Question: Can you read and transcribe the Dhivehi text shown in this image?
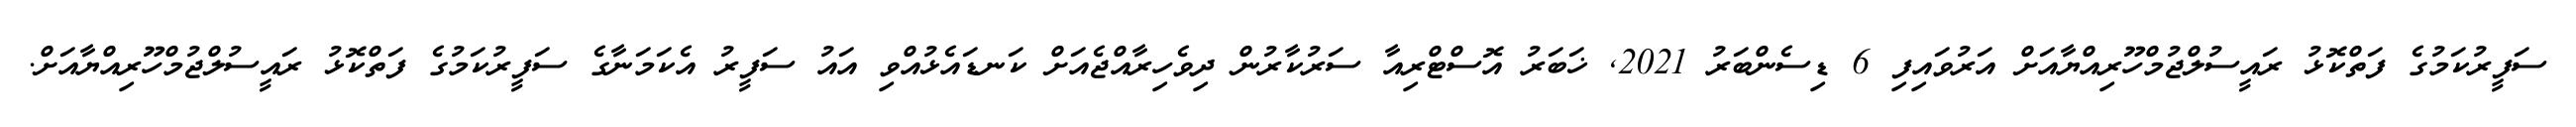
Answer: ސަފީރުކަމުގެ ފަތްކޮޅު ރައީސުލްޖުމްހޫރިއްޔާއަށް އަރުވައިފި 6 ޑިސެންބަރު 2021, ޚަބަރު އޮސްޓްރިއާ ސަރުކާރުން ދިވެހިރާއްޖެއަށް ކަނޑައެޅުއްވި އައު ސަފީރު އެކަމަނާގެ ސަފީރުކަމުގެ ފަތްކޮޅު ރައީސުލްޖުމްހޫރިއްޔާއަށް.